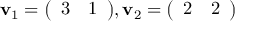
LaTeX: \mathbf { v } _ { 1 } = { \left( \begin{array} { l l } { 3 } & { 1 } \end{array} \right) } , \mathbf { v } _ { 2 } = { \left( \begin{array} { l l } { 2 } & { 2 } \end{array} \right) }